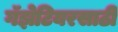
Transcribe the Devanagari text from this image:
गॅझेटियरसाठी